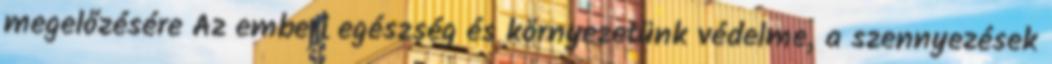
megelőzésére Az emberi egészség és környezetünk védelme, a szennyezések